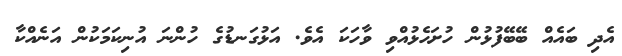
އެދި ބައެއް ބޭބޭފުޅުން ހުށަހެޅުއްވި ވާހަކަ އެވެ. އަޅުގަނޑުގެ ހުންނަ އުނިކަމަކުން އަނެއްކާ